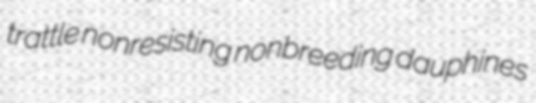
trattle nonresisting nonbreeding dauphines